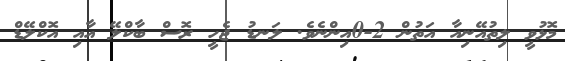
މޮޅުވީ ލިތުއޭނިއާ އަތުން 2-0އިންނެވެ. ލަނޑު ޖެހީ ރޮސް ބާކްލޭ އާއި އޮކްލޭޑް